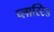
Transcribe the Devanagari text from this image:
प्लास्टिड